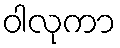
ဝါလုကာ